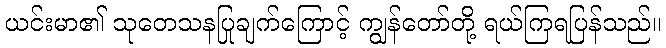
ယင်းမာ၏ သုတေသနပြုချက်ကြောင့် ကျွန်တော်တို့ ရယ်ကြရပြန်သည်။